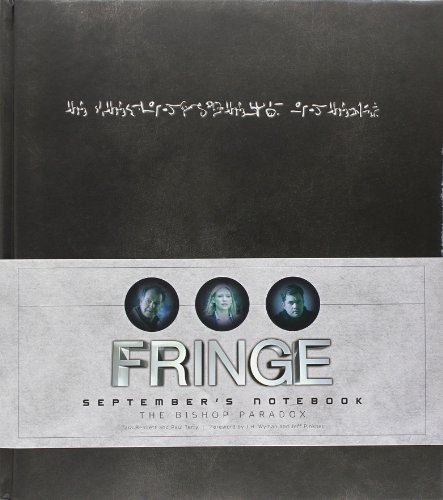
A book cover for Fringe: September's Notebook; Tara Bennett; Humor & Entertainment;